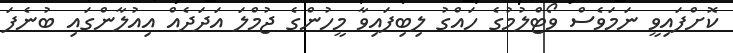
ކޮށްފައިވީ ނަމަވެސް ވޯޓްލުމުގެ ހައްގު ލިބިފައިވާ މީހުންގެ ޖުމްލަ އަދަދެއް އިއުލާންގައި ބުނެފަ